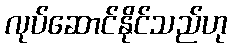
လုပ်ဆောင်နိုင်သည်ဟု